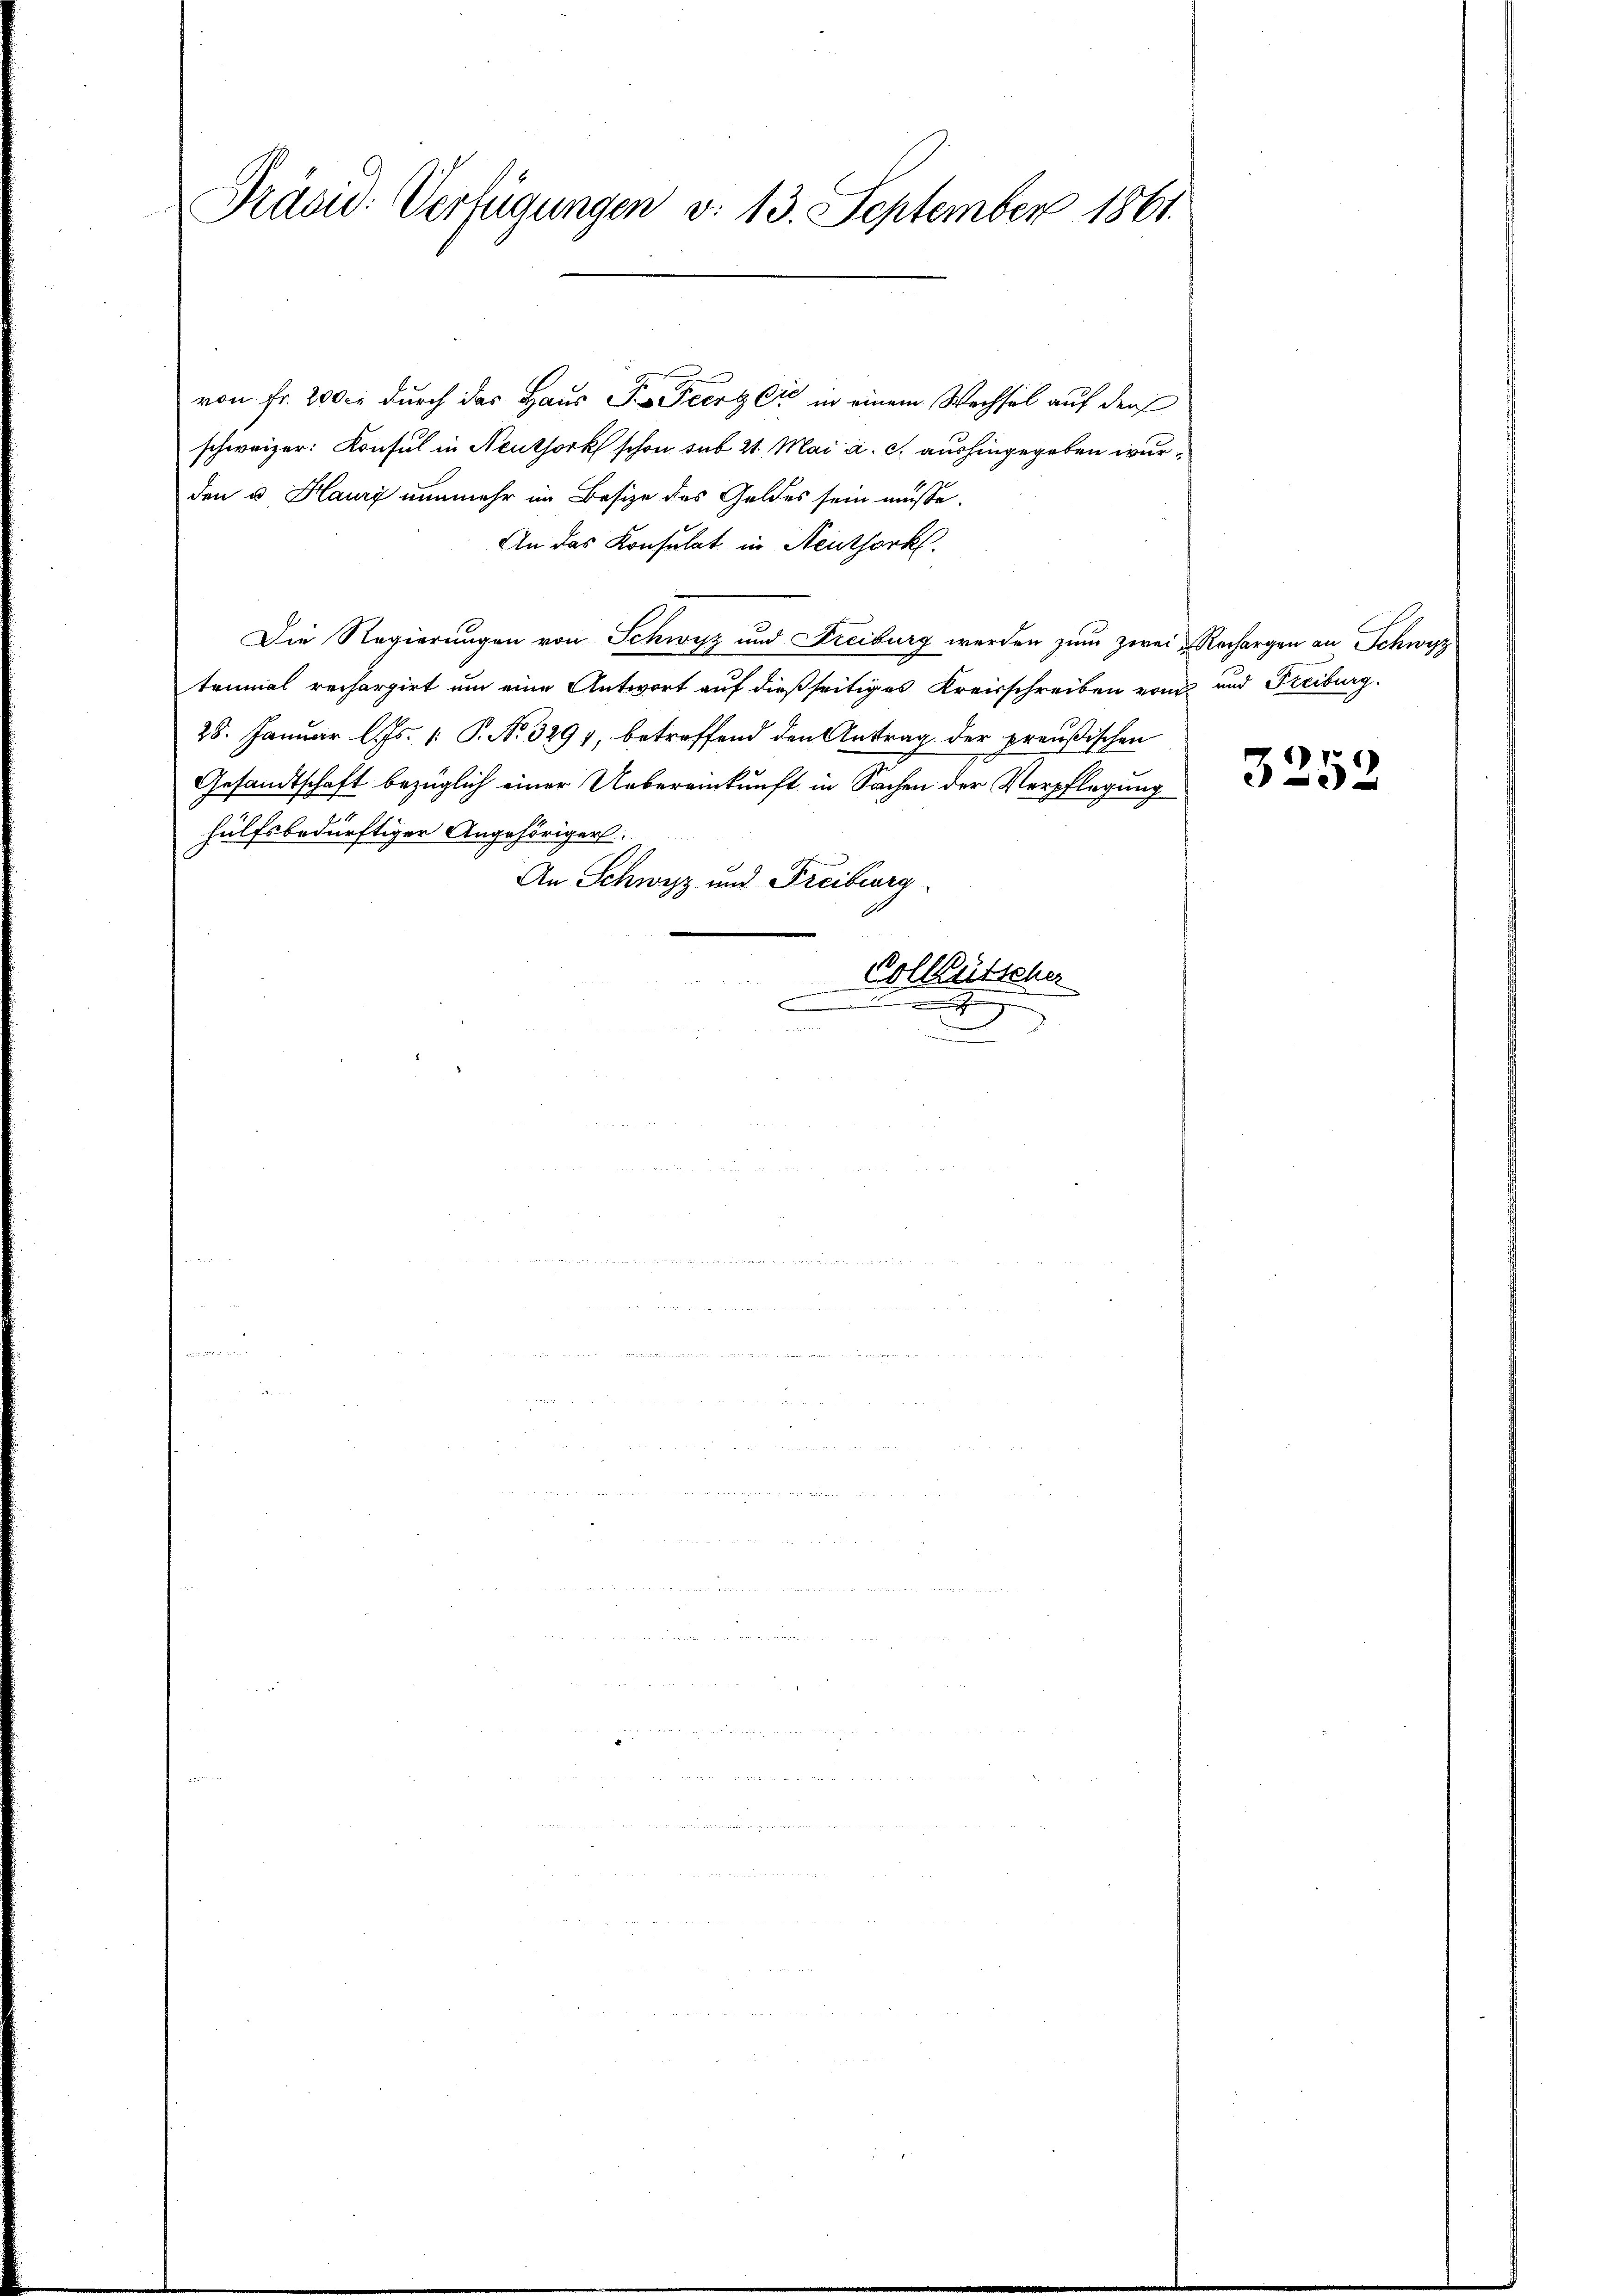
Präsid. Verfügungen d. 13. September 1861.

von Fr. 200 fl durch das Haus S. Fierz Cie in einem Wechsel auf den
schweizer: Konsul in Neuthork schon sub 21. Mai a. c. aushingegeben wurden u Haury nunmehr im Besize des Geldes sein müsse.
An das Konsulat in Neuthark.
Die Regierungen von Schwyz und Freiburg werden zum zwei Rechargen an Schwyz
tenmal rechargirt um eine Antwort auf dießseitiges Kreisschreiben von und Freiburg.
28. Januar l. Js. [ P. Nr. 3294, betreffend den Antrag der preußischen
Gesandtschaft bezüglich einer Uebereinkunft in Sachen der Verpflegung
hülfsbedürftiger Angehöriger
An Schwyz und Freiberg
Colleütscher
c
.

3252